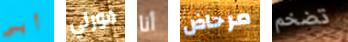
أبي مورلي أنا مرحاض تضخم